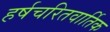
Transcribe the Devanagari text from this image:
हर्षचरितवार्तिक